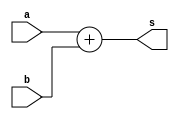
// ------------------------- 
// Exemplo0017
// Nome: Oswaldo Oliveira Paulino
// ------------------------- 
// ------------------------- 
// test number system 
// ------------------------- 

module Q02a (output [6:0]s, input [5:0]a, input [4:0]b);
	assign s = a + b;
endmodule

module Q02b (output [5:0]s, input [4:0]a, input [4:0]b);
	assign s = a + b;
endmodule
	
module Q02c (output [10:0]s, input [10:0]a, input [5:0]b);
	assign s = a / b;
endmodule
	
module Q02d (output [8:0]s, input [8:0]a, input [8:0]b);
	assign s = a - b;
endmodule
	
module Q02e (output [9:0]s, input [4:0]a, input [4:0]b, input [6:0]c);
	assign s = ((a * b) + c);
endmodule

module test_base_01; 
// ------------------------- definir dados 
	reg [5:0]a; 
	reg [4:0]b; 
	reg [4:0]c; 
	reg [4:0]d;
	reg [10:0]e; 
	reg [5:0]f; 
	reg [8:0]g; 
	reg [8:0]h; 
	reg [4:0]i; 
	reg [4:0]j; 
	reg [6:0]k;   
		
	wire [6:0]sA; 
	wire [5:0]sB; 
	wire [10:0]sC; 
	wire [8:0]sD; 
	wire [9:0]sE;  
	
	Q02a letraA(sA, a, b); 
	Q02b letraB(sB, c, d);
	Q02c letraC(sC, e, f);
	Q02d letraD(sD, g, h);
	Q02e letraE(sE, i, j, k);
	
// ------------------------- parte principal 
initial begin 
	$display("Exemplo0017 - Oswaldo Oliveira Paulino - 382175"); 
	$display("Test number system"); 
	
	a = 6'b101010;
	b = 5'b11011; 
	$display("\nLetra A)");
	$display("%b + %b = %b", a, b, sA);
	
	c = 5'b11011;
	d = 'o25;
	$display("\nLetra B)");
	$display("%b + %o = %b", c, d, sB);
				
	e = 'o1234;
	f = 'h3C;
	$display("\nLetra C)");
	$display("%o / %h = %b", e, f, sC);
				
	g = 'h1BA;
	h = 9'b101110001;
	$display("\nLetra D)");
	$display("%h - %b = %b", g, h, sD);
				
	i = 25;
	j = 'o32;
	k = 'h7A;
	$display("\nLetra E)");
	$display("(%d * %o) + %h = %b", i, j, k, sE);	

end 
endmodule // test_base 

// ------------------------ documentacao complementar
/*
    Exemplo0017 - Oswaldo Oliveira Paulino - 382175
    Test number system
    
    Letra A)
    101010 + 11011 = 1000101
    
    Letra B)
    11011 + 25 = 110000
    
    Letra C)
    1234 / 3c = 00000001011
    
    Letra D)
    1ba - 101110001 = 001001001
    
    Letra E)
    (25 * 32) + 7a = 1100000100
*/